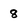
Character: 8